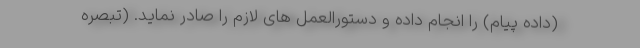
(داده پیام) را انجام داده و دستورالعمل های لازم را صادر نماید. (تبصره